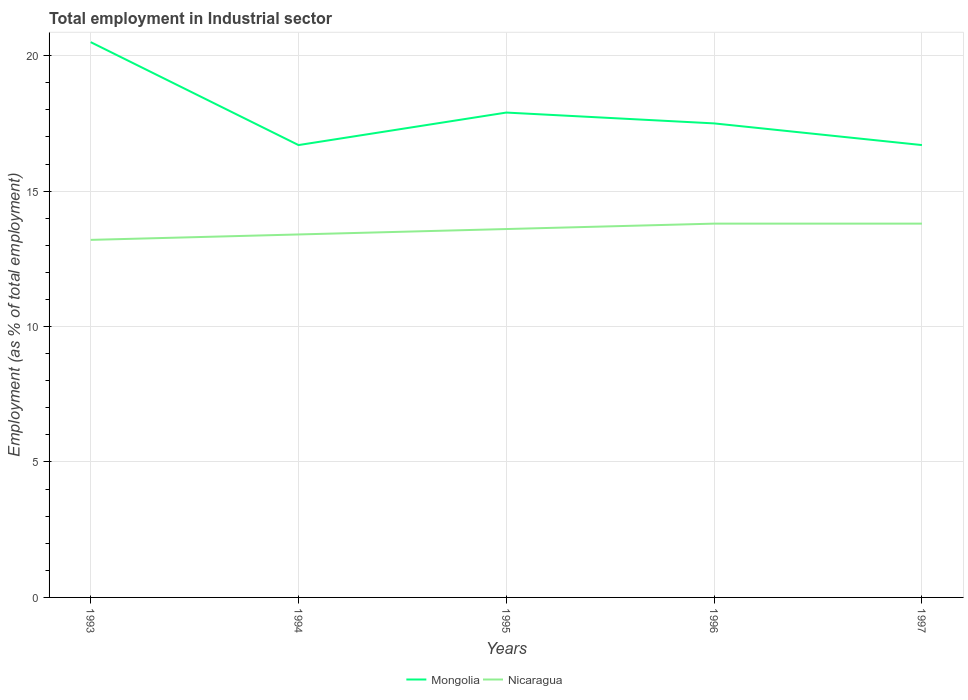
| Years | Mongolia | Nicaragua |
 | --- | --- | --- |
 | 1993 | 20.5 | 13.2 |
 | 1994 | 16.7 | 13.4 |
 | 1995 | 17.9 | 13.6 |
 | 1996 | 17.5 | 13.8 |
 | 1997 | 16.7 | 13.8 |